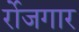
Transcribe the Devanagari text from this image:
र्रोजगार